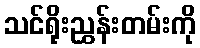
သင်ရိုးညွှန်းတမ်းကို